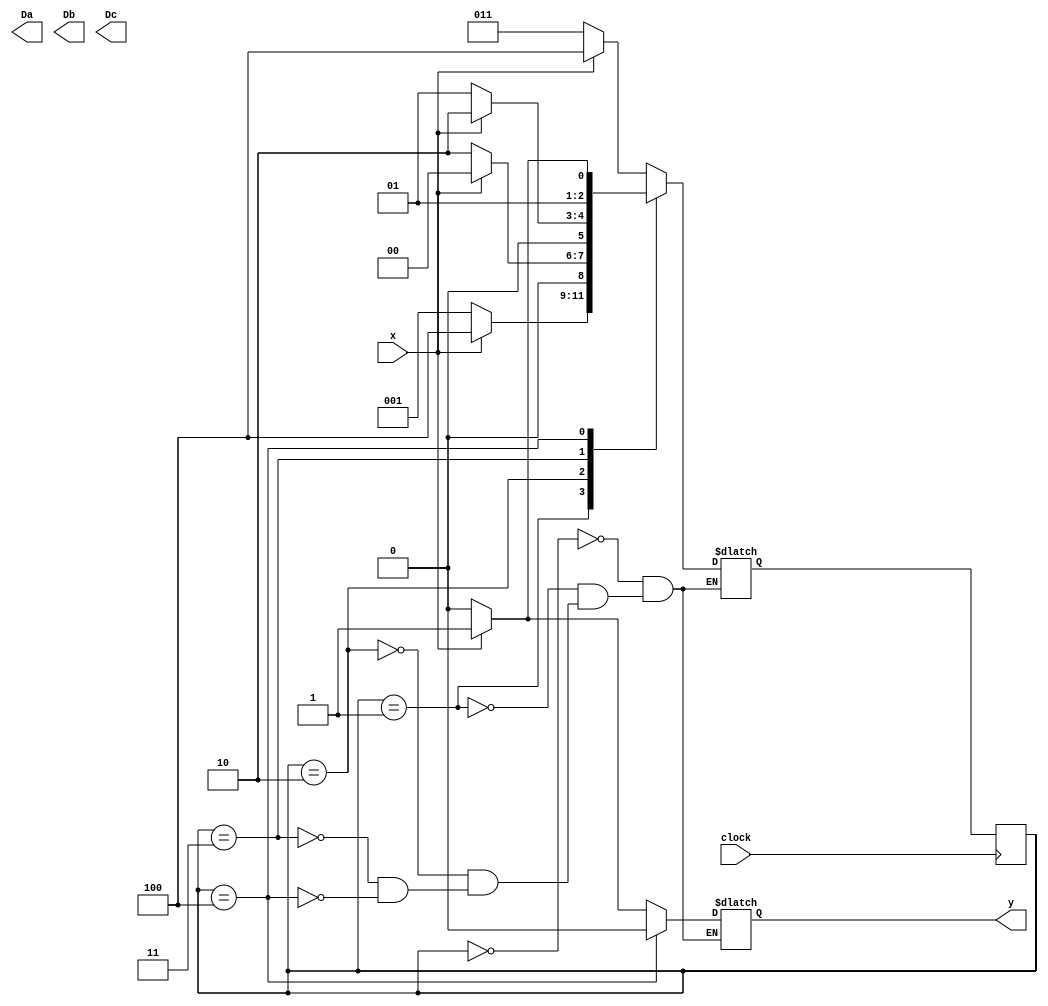
module fsm (output reg y, Da, Db, Dc, input x, clock);

parameter 
    a = 3'b000,
    b = 3'b001,
    c = 3'b010,
    d = 3'b011,
    e = 3'b100;

reg [2: 0] state, next_state;

always @ (posedge clock)

    state <= next_state;

always @ (state, x)

case (state)
    a:
    begin y = 0;
        if (x == 0) next_state = d;
        else
        begin
            next_state = e;
            y = 1;
        end
    end

    b:
    begin y = 0;
        if (x == 0) next_state = b;
        else
        begin
            next_state = e;
            y = 1;
        end
    end

    c:
    begin y = 0;
        if (x == 0) next_state = c;
        else 
        begin 
            next_state = a;
            y = 1;
        end
    end

    d: 
    begin y = 0;
        if (x == 0) next_state = b;
        else 
        begin 
            next_state = c;
            y = 1;
        end
    end
    
    e: 
    begin y = 0;
        if (x == 0) next_state = c;
        else 
            next_state = d;
        end
    endcase


endmodule